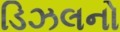
ડિઝલનો